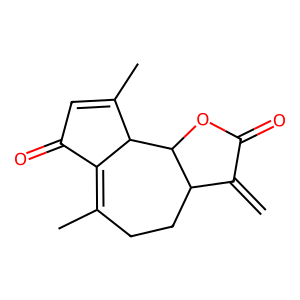
SMILES: C=C1C(=O)OC2C1CCC(C)=C1C(=O)C=C(C)C12
Inhibits HIV replication: No